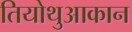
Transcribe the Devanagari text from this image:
तियोथुआकान